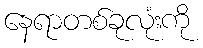
နေရာတစ်ခုလုံးကို